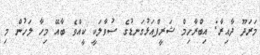
މަރަދޫ ދާއިރާ: އިބްރާހިމް ޝަރީފްއަޅުގަނޑުގެ ސުވާލަކީ ކީއްވެ ބާއޭ މިހާ ލަހުން މި